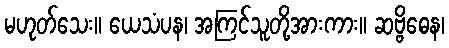
မဟုတ်သေး။ ယေသံပန၊ အကြင်သူတို့အားကား။ ဆဗ္ဗိဓေန၊